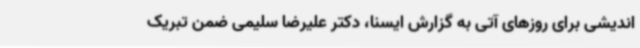
اندیشی برای روزهای آتی به گزارش ایسنا، دکتر علیرضا سلیمی ضمن تبریک